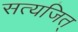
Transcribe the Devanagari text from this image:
सत्यजित्